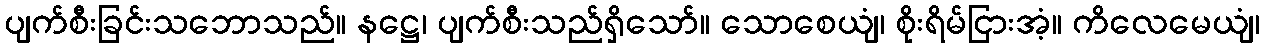
ပျက်စီးခြင်းသဘောသည်။ နဋ္ဌေ၊ ပျက်စီးသည်ရှိသော်။ သောစေယျံ၊ စိုးရိမ်ငြားအံ့။ ကိလေမေယျံ၊